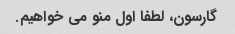
گارسون، لطفا اول منو می خواهیم.